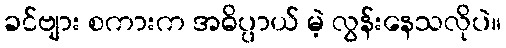
ခင်ဗျား စကားက အဓိပ္ပာယ် မဲ့ လွန်းနေသလိုပဲ။